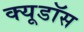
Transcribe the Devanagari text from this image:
क्यूडॉस